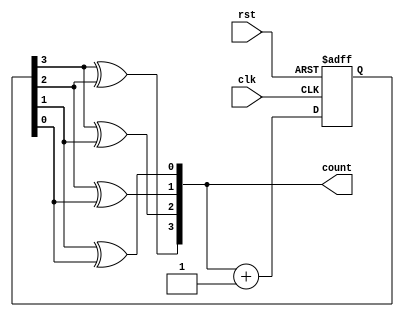
module gray_counter (
    input wire clk,
    input wire rst,
    output reg [3:0] count
);

reg [3:0] next_count;

always @ (posedge clk or posedge rst) begin
    if (rst) begin
        next_count <= 4'b0000; //Initial value
    end else begin
        next_count <= count + 1; //Increment by 1
    end
end

always @* begin
    count[3] = next_count[3] ^ next_count[2];
    count[2] = next_count[3] ^ next_count[1];
    count[1] = next_count[2] ^ next_count[0];
    count[0] = next_count[1] ^ next_count[0];
end

endmodule